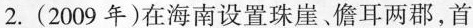
2.(2009年)在海南设置珠崖、儋耳两郡，首